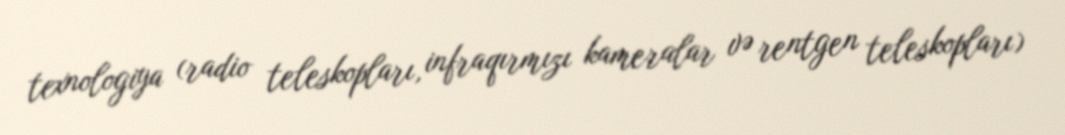
texnologiya (radio teleskopları, infraqırmızı kameralar və rentgen teleskopları)